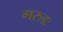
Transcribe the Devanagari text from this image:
गरुडः